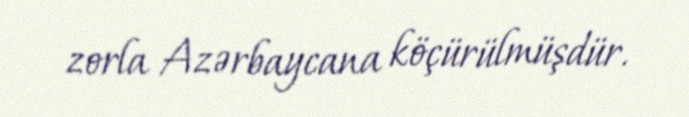
zorla Azərbaycana köçürülmüşdür.